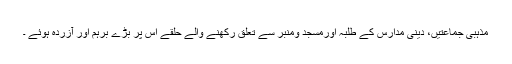
مذہبی جماعتیں، دینی مدارس کے طلبہ اورمسجد ومنبر سے تعلق رکھنے والے حلقے اس پر بڑے برہم اور آزردہ ہوئے ۔